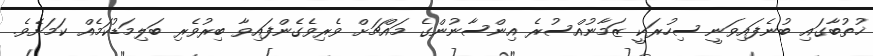
ޚުތުބާގައި ބުނެފައިވަނީ ސިހުރަކީ ޒަމާނުއްސުރެ އިންސާނުންގެ މައްޗަށް ވެރިވެގެންފައިވާ ބިރުވެރި ބަލިމަޑުކަމެއް ކަމަށެވެ.